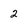
Character: 2